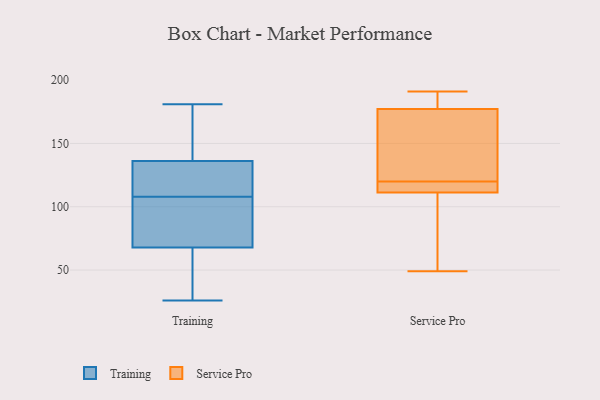
{"axis": {"x": "Inventory Turnover", "y": "Value"}, "legend": ["Service Pro", "Training"], "data": [{"x": "", "y": 58, "type": "Training"}, {"x": "", "y": 40, "type": "Training"}, {"x": "", "y": 108, "type": "Training"}, {"x": "", "y": 79, "type": "Training"}, {"x": "", "y": 117, "type": "Training"}, {"x": "", "y": 38, "type": "Training"}, {"x": "", "y": 71, "type": "Training"}, {"x": "", "y": 86, "type": "Training"}, {"x": "", "y": 91, "type": "Training"}, {"x": "", "y": 140, "type": "Training"}, {"x": "", "y": 135, "type": "Training"}, {"x": "", "y": 125, "type": "Training"}, {"x": "", "y": 26, "type": "Training"}, {"x": "", "y": 147, "type": "Training"}, {"x": "", "y": 181, "type": "Training"}, {"x": "", "y": 176, "type": "Training"}, {"x": "", "y": 108, "type": "Training"}, {"x": "", "y": 110, "type": "Service Pro"}, {"x": "", "y": 142, "type": "Service Pro"}, {"x": "", "y": 49, "type": "Service Pro"}, {"x": "", "y": 181, "type": "Service Pro"}, {"x": "", "y": 191, "type": "Service Pro"}, {"x": "", "y": 120, "type": "Service Pro"}, {"x": "", "y": 166, "type": "Service Pro"}, {"x": "", "y": 62, "type": "Service Pro"}, {"x": "", "y": 187, "type": "Service Pro"}, {"x": "", "y": 115, "type": "Service Pro"}, {"x": "", "y": 120, "type": "Service Pro"}]}